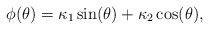
\begin{align*} \phi(\theta) = \kappa_1 \sin(\theta) + \kappa_2 \cos(\theta), \end{align*}